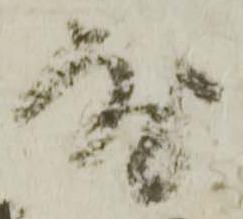
度